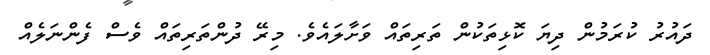
ދައުރު ކުރަމުން ދިޔަ ކޮޅިތަކުން ތަރިތައް ވަށާލައެވެ. މިރޭ ދުންތަރިތައް ވެސް ފެންނަލެއް